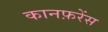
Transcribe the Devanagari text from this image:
कानफ़रेंस